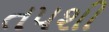
તપશી